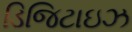
ડિજિટાઇઝ